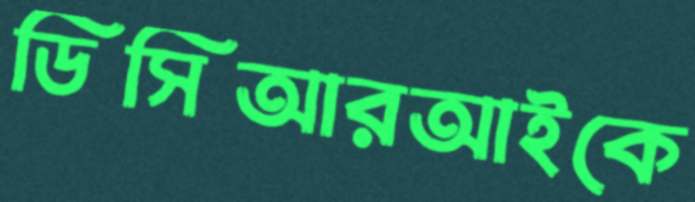
ডিসিআরআইকে